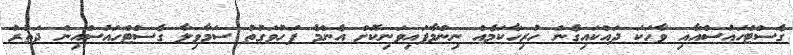
ގެސްޓްހައުސްއާއި ވާހަކަ ދައްކައިގެން ހުރިހާކަމެއް ނިންމާފައިވަނިކޮށް އެންމެ ފަހުވަގުތު ސަމާވިލާ ގެސްޓްހައުސްއިން ދަތުރު